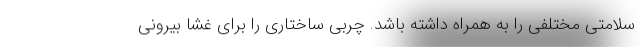
سلامتی مختلفی را به همراه داشته باشد. چربی ساختاری را برای غشا بیرونی